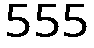
555